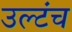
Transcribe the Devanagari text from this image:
उल्टंच